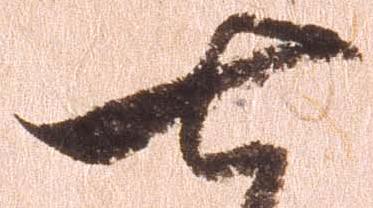
七